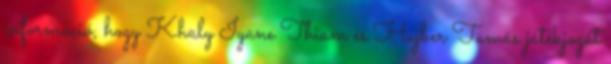
információ, hogy Khaly Iyane Thiam és Hujber Tamás játékjogát